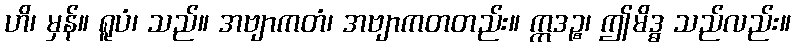
ဟိ၊ မှန်။ ရူပံ၊ သည်။ အဗျာကတံ၊ အဗျာကတတည်း။ ဣဒဉ္စ၊ ဤမိဒ္ဓ သည်လည်း။